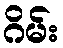
ဂိမ်း